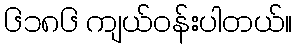
၆၁၈၆ ကျယ်ဝန်းပါတယ်။